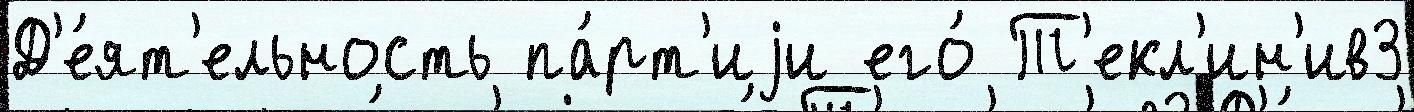
Д'е́ят'ельность па́рт'иjи его́ Т'екл'ин'ив3